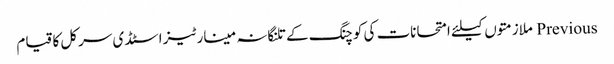
Previous ملازمتوں کیلئے امتحانات کی کوچنگ کے تلنگانہ مینارٹیز اسٹڈی سرکل کا قیام